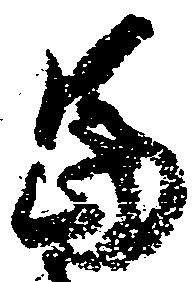
冨